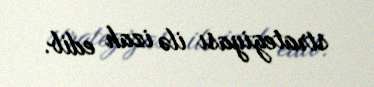
strategiyası ilə izah edib.